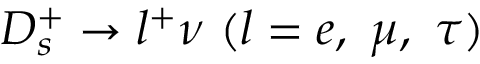
D _ { s } ^ { + } \to l ^ { + } \nu ~ ( l = e , ~ \mu , ~ \tau )